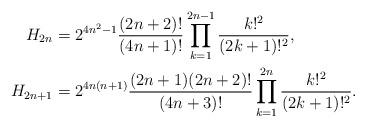
LaTeX: \begin{align*}H_{2n}&= 2^{4n^2-1} \frac{(2n+2)!}{(4n+1)!} \prod_{k=1}^{2n-1} \frac {k!^2}{(2k+1)!^2},\\H_{2n+1}&= 2^{4n(n+1)} \frac{(2n+1)(2n+2)!}{(4n+3)!} \prod_{k=1}^{2n} \frac {k!^2}{(2k+1)!^2}.\end{align*}